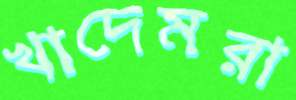
খাদেমরা